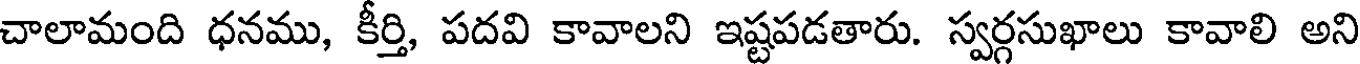
చాలామంది ధనము, కీర్తి, పదవి కావాలని ఇష్టపడతారు. స్వర్గసుఖాలు కావాలి అని